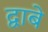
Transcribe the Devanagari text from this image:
द्वाबे